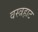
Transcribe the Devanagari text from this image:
वस्त्रहाट